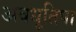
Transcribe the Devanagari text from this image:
अवधूतिपा